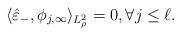
LaTeX: \begin{align*} \langle \hat \varepsilon_-, \phi_{j, \infty} \rangle_{L^2_\rho} = 0, \forall j \le \ell. \end{align*}